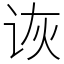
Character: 诙